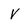
Character: V